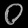
Digit: ၀